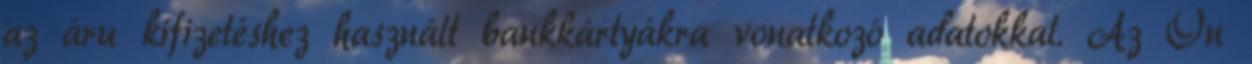
az áru kifizetéshez használt bankkártyákra vonatkozó adatokkal. Az Ön